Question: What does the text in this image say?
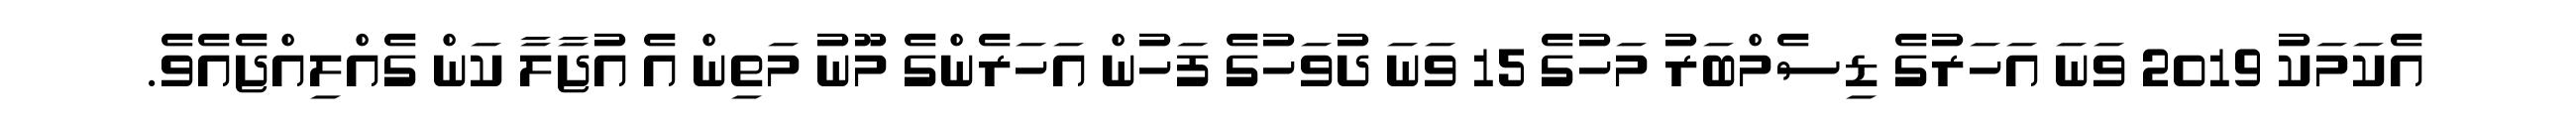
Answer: އެކަމަކު 2019 ވަނަ އަހަރުގެ ޑިސެމްބަރު މަހުގެ 15 ވަނަ ދުވަހުގެ ފަހުން އަހަރެންގެ މޫނު މަތިން އެ އުޖާލާ ކަން ގެއްލިއްޖެއެވެ.